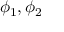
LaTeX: \phi _ { 1 } , \phi _ { 2 }